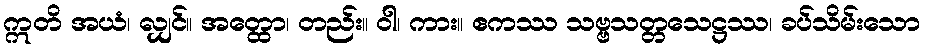
ဣတိ အယံ၊ လျှင်။ အတ္ထော၊ တည်း။ ဝါ၊ ကား။ ဧကဿ သဗ္ဗသတ္တသေဋ္ဌဿ၊ ခပ်သိမ်းသော